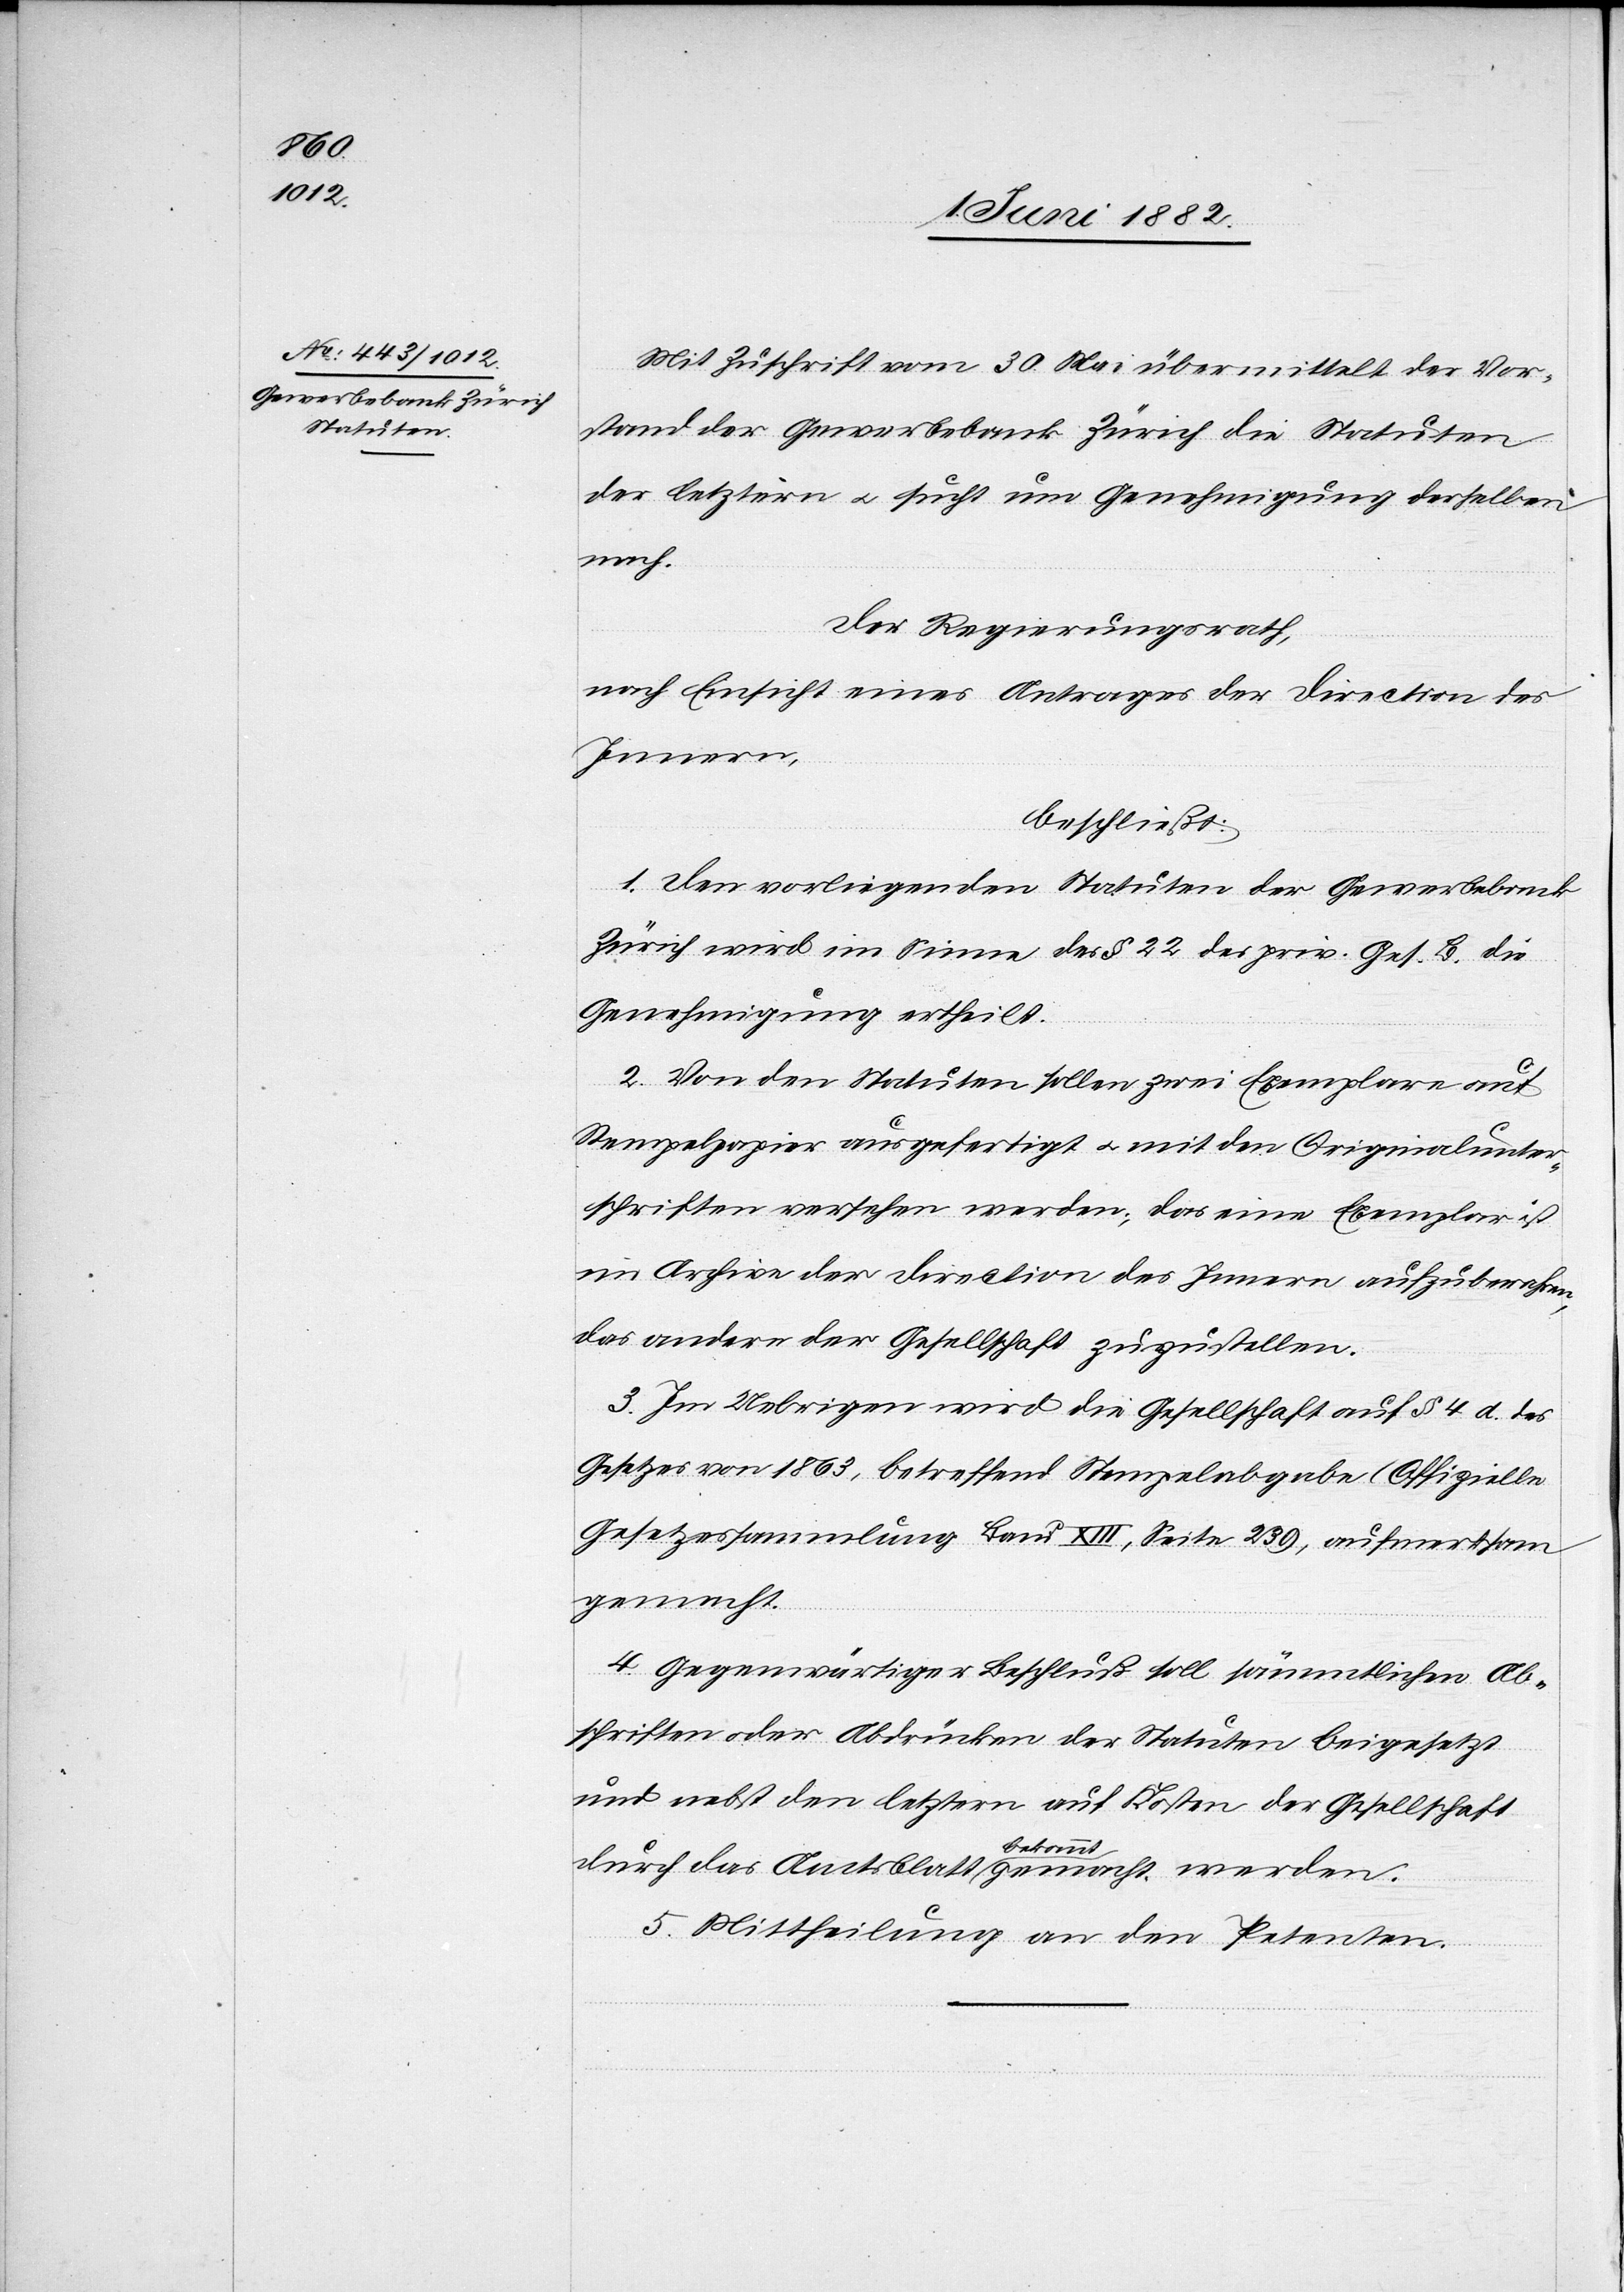
Mit Zuschrift vom 30. Mai übermittelt der Vor¬
stand der Gewerbebank Zürich die Statuten
der letztern u. sucht um Genehmigung derselben
nach.
Der Regierungsrath,
nach Einsicht eines Antrages der Direction des
Innern,
beschließt:
1. Den vorliegenden Statuten der Gewerbebank
Zürich wird im Sinne des § 22 des priv. Ges. B. die
Genehmigung ertheilt.
2. Von den Statuten sollen zwei Exemplare auf
Stempelpapier ausgefertigt u. mit den Originalunter¬
schriften versehen werden; das eine Exemplar ist
im Archive der Direction des Innern aufzubewahren,
das andere der Gesellschaft zuzustellen.
3. Im Uebrigen wird die Gesellschaft auf § 4 d. des
Gesetzes von 1863, betreffend Stempelabgabe (Offizielle
Gesetzessammlung Band XIII, Seite 239), aufmerksam
gemacht.
4. Gegenwärtiger Beschluß soll sämmtlichen Ab¬
schriften oder Abdrücken der Statuten beigesetzt
und nebst den letztern auf Kosten der Gesellschaft
durch das Amtsblatt bekannt gemacht werden.
5. Mittheilung an den Petenten.